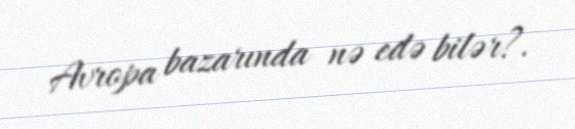
Avropa bazarında nə edə bilər?.